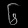
Digit: ၆